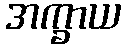
အက္ခာယ